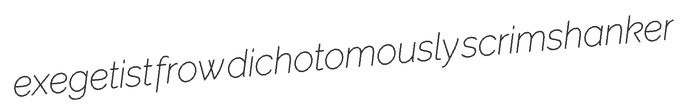
exegetist frow dichotomously scrimshanker